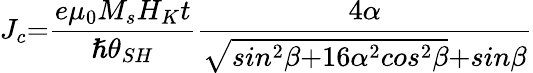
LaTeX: J_{c}{=}\frac{e{\mu}_{0}M_{s}H_{K}t}{{\hslash}{\theta}_{SH}}\frac{{4}\alpha}{\sqrt{sin^{{2}}\beta{+16}{\alpha}^{{2}}cos^{{2}}\beta}{+}sin\beta}